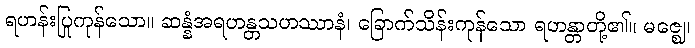
ရဟန်းပြုကုန်သော။ ဆန္နံအရဟန္တသဟဿာနံ၊ ခြောက်သိန်းကုန်သော ရဟန္တာတို့၏။ မဇ္ဈေ၊